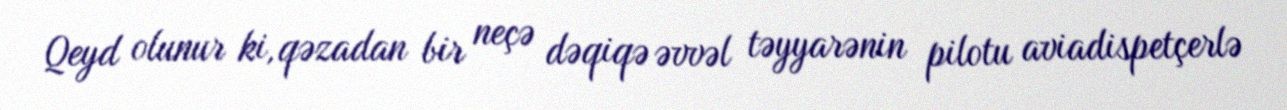
Qeyd olunur ki, qəzadan bir neçə dəqiqə əvvəl təyyarənin pilotu aviadispetçerlə